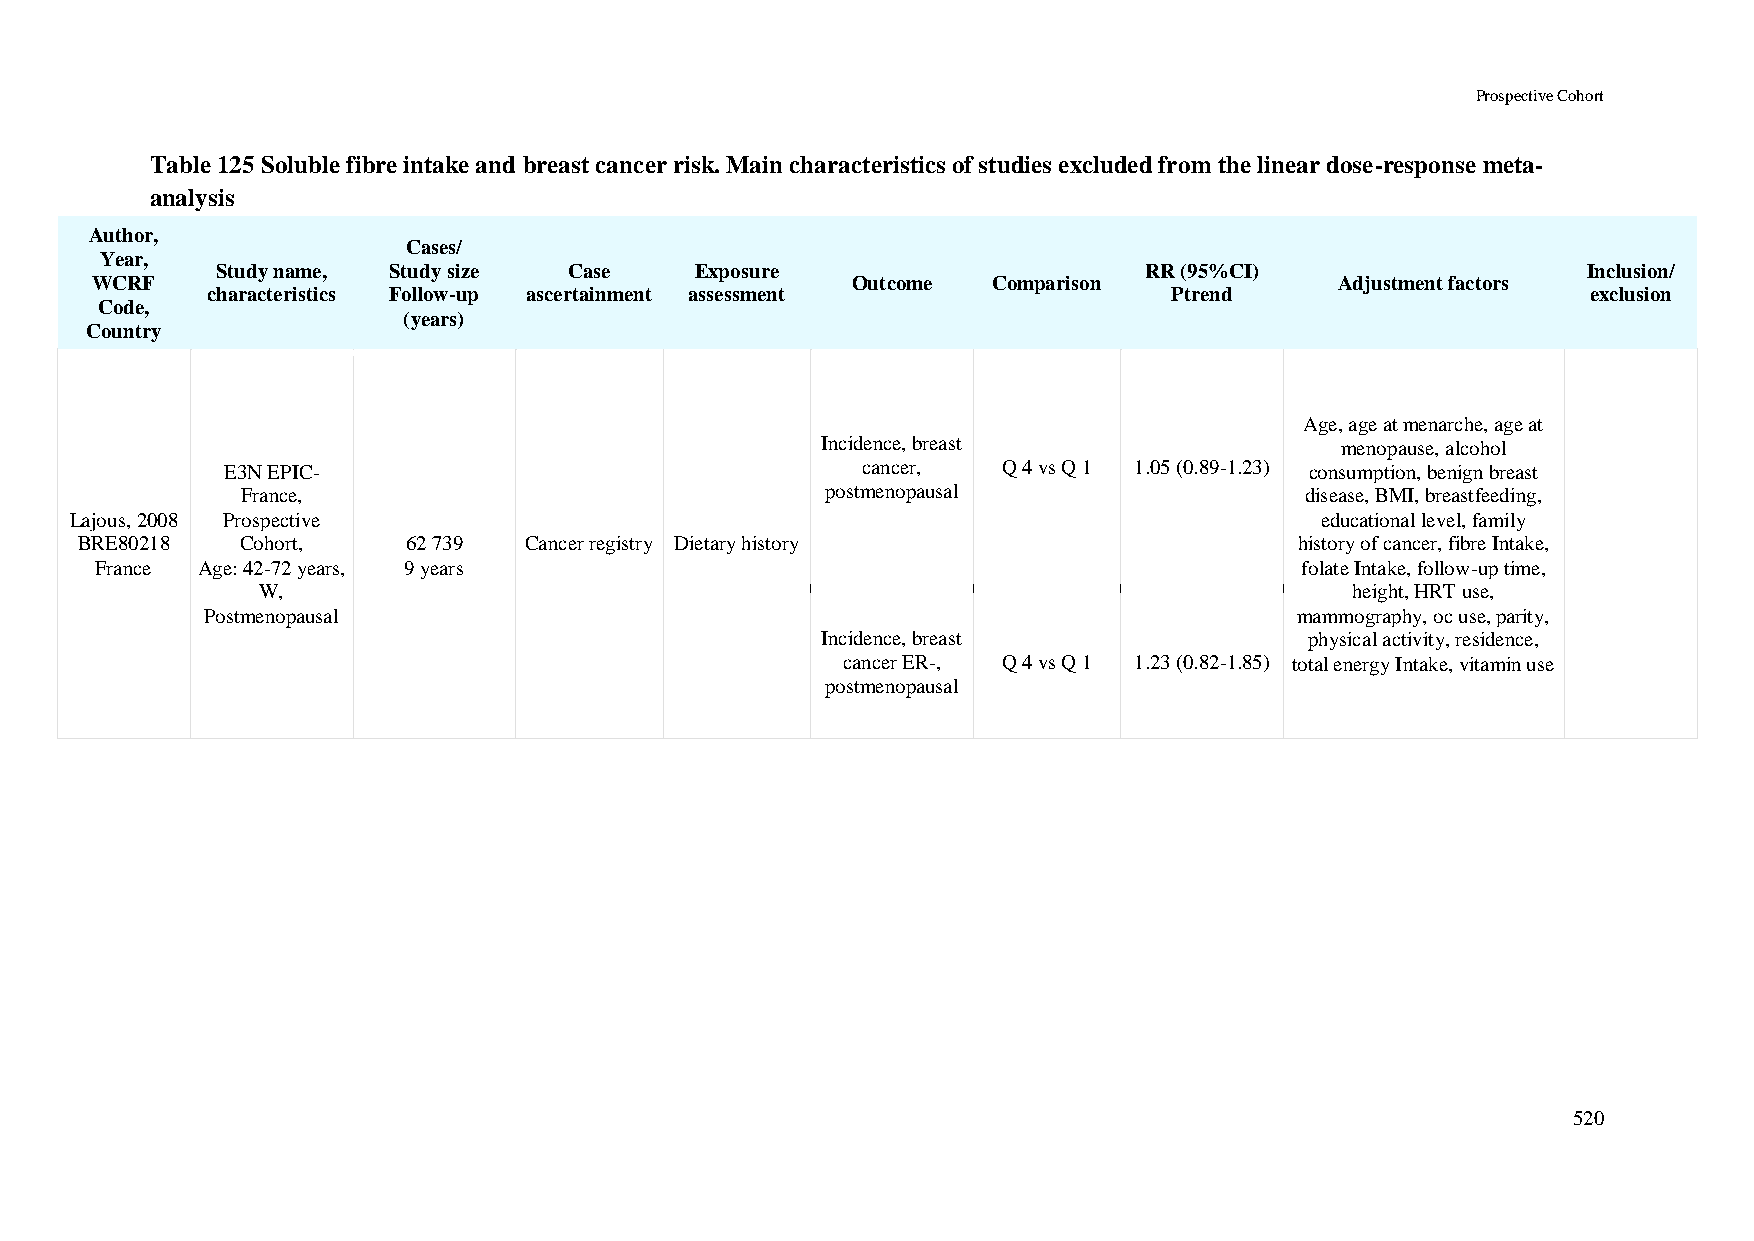
Prospective Cohort
 Table 125 Soluble fibre intake and breast cancer risk. Main characteristics of studies excluded from the linear dose-response meta-
 analysis
 Author,
 Cases/
 Year,
 Study name, Study size  Case    Exposure                      RR (95%CI)                   Inclusion/
 WCRF                                              Outcome   Comparison             Adjustment factors
 characteristics Follow-up ascertainment assessment              Ptrend                     exclusion
 Code,
 (years)
 Country
 Age, age at menarche, age at
 Incidence, breast                  menopause, alcohol
 E3N EPIC-                                 cancer,  Q 4 vs Q 1 1.05 (0.89-1.23) consumption, benign breast
 France,                                postmenopausal                 disease, BMI, breastfeeding,
 Lajous, 2008 Prospective                                                          educational level, family
 BRE80218   Cohort,    62 739  Cancer registry Dietary history                    history of cancer, fibre Intake,
 France Age: 42-72 years, 9 years                                                folate Intake, follow-up time,
 W,                                                                       height, HRT use,
 Postmenopausal                                                           mammography, oc use, parity,
 Incidence, breast                physical activity, residence,
 cancer ER-, Q 4 vs Q 1 1.23 (0.82-1.85) total energy Intake, vitamin use
 postmenopausal
 520